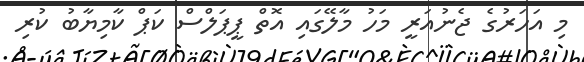
މި އަހަރުގެ ޖެނުއަރީ މަހު މާލޭގައި އޮތް ޕީޕަލްސް ކަޕް ކާމިޔާބު ކުރި